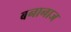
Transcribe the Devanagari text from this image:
बनानाज